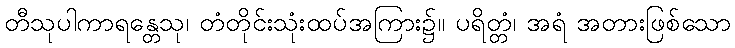
တီသုပါကာရန္တေသု၊ တံတိုင်းသုံးထပ်အကြား၌။ ပရိတ္တံ၊ အရံ အတားဖြစ်သော